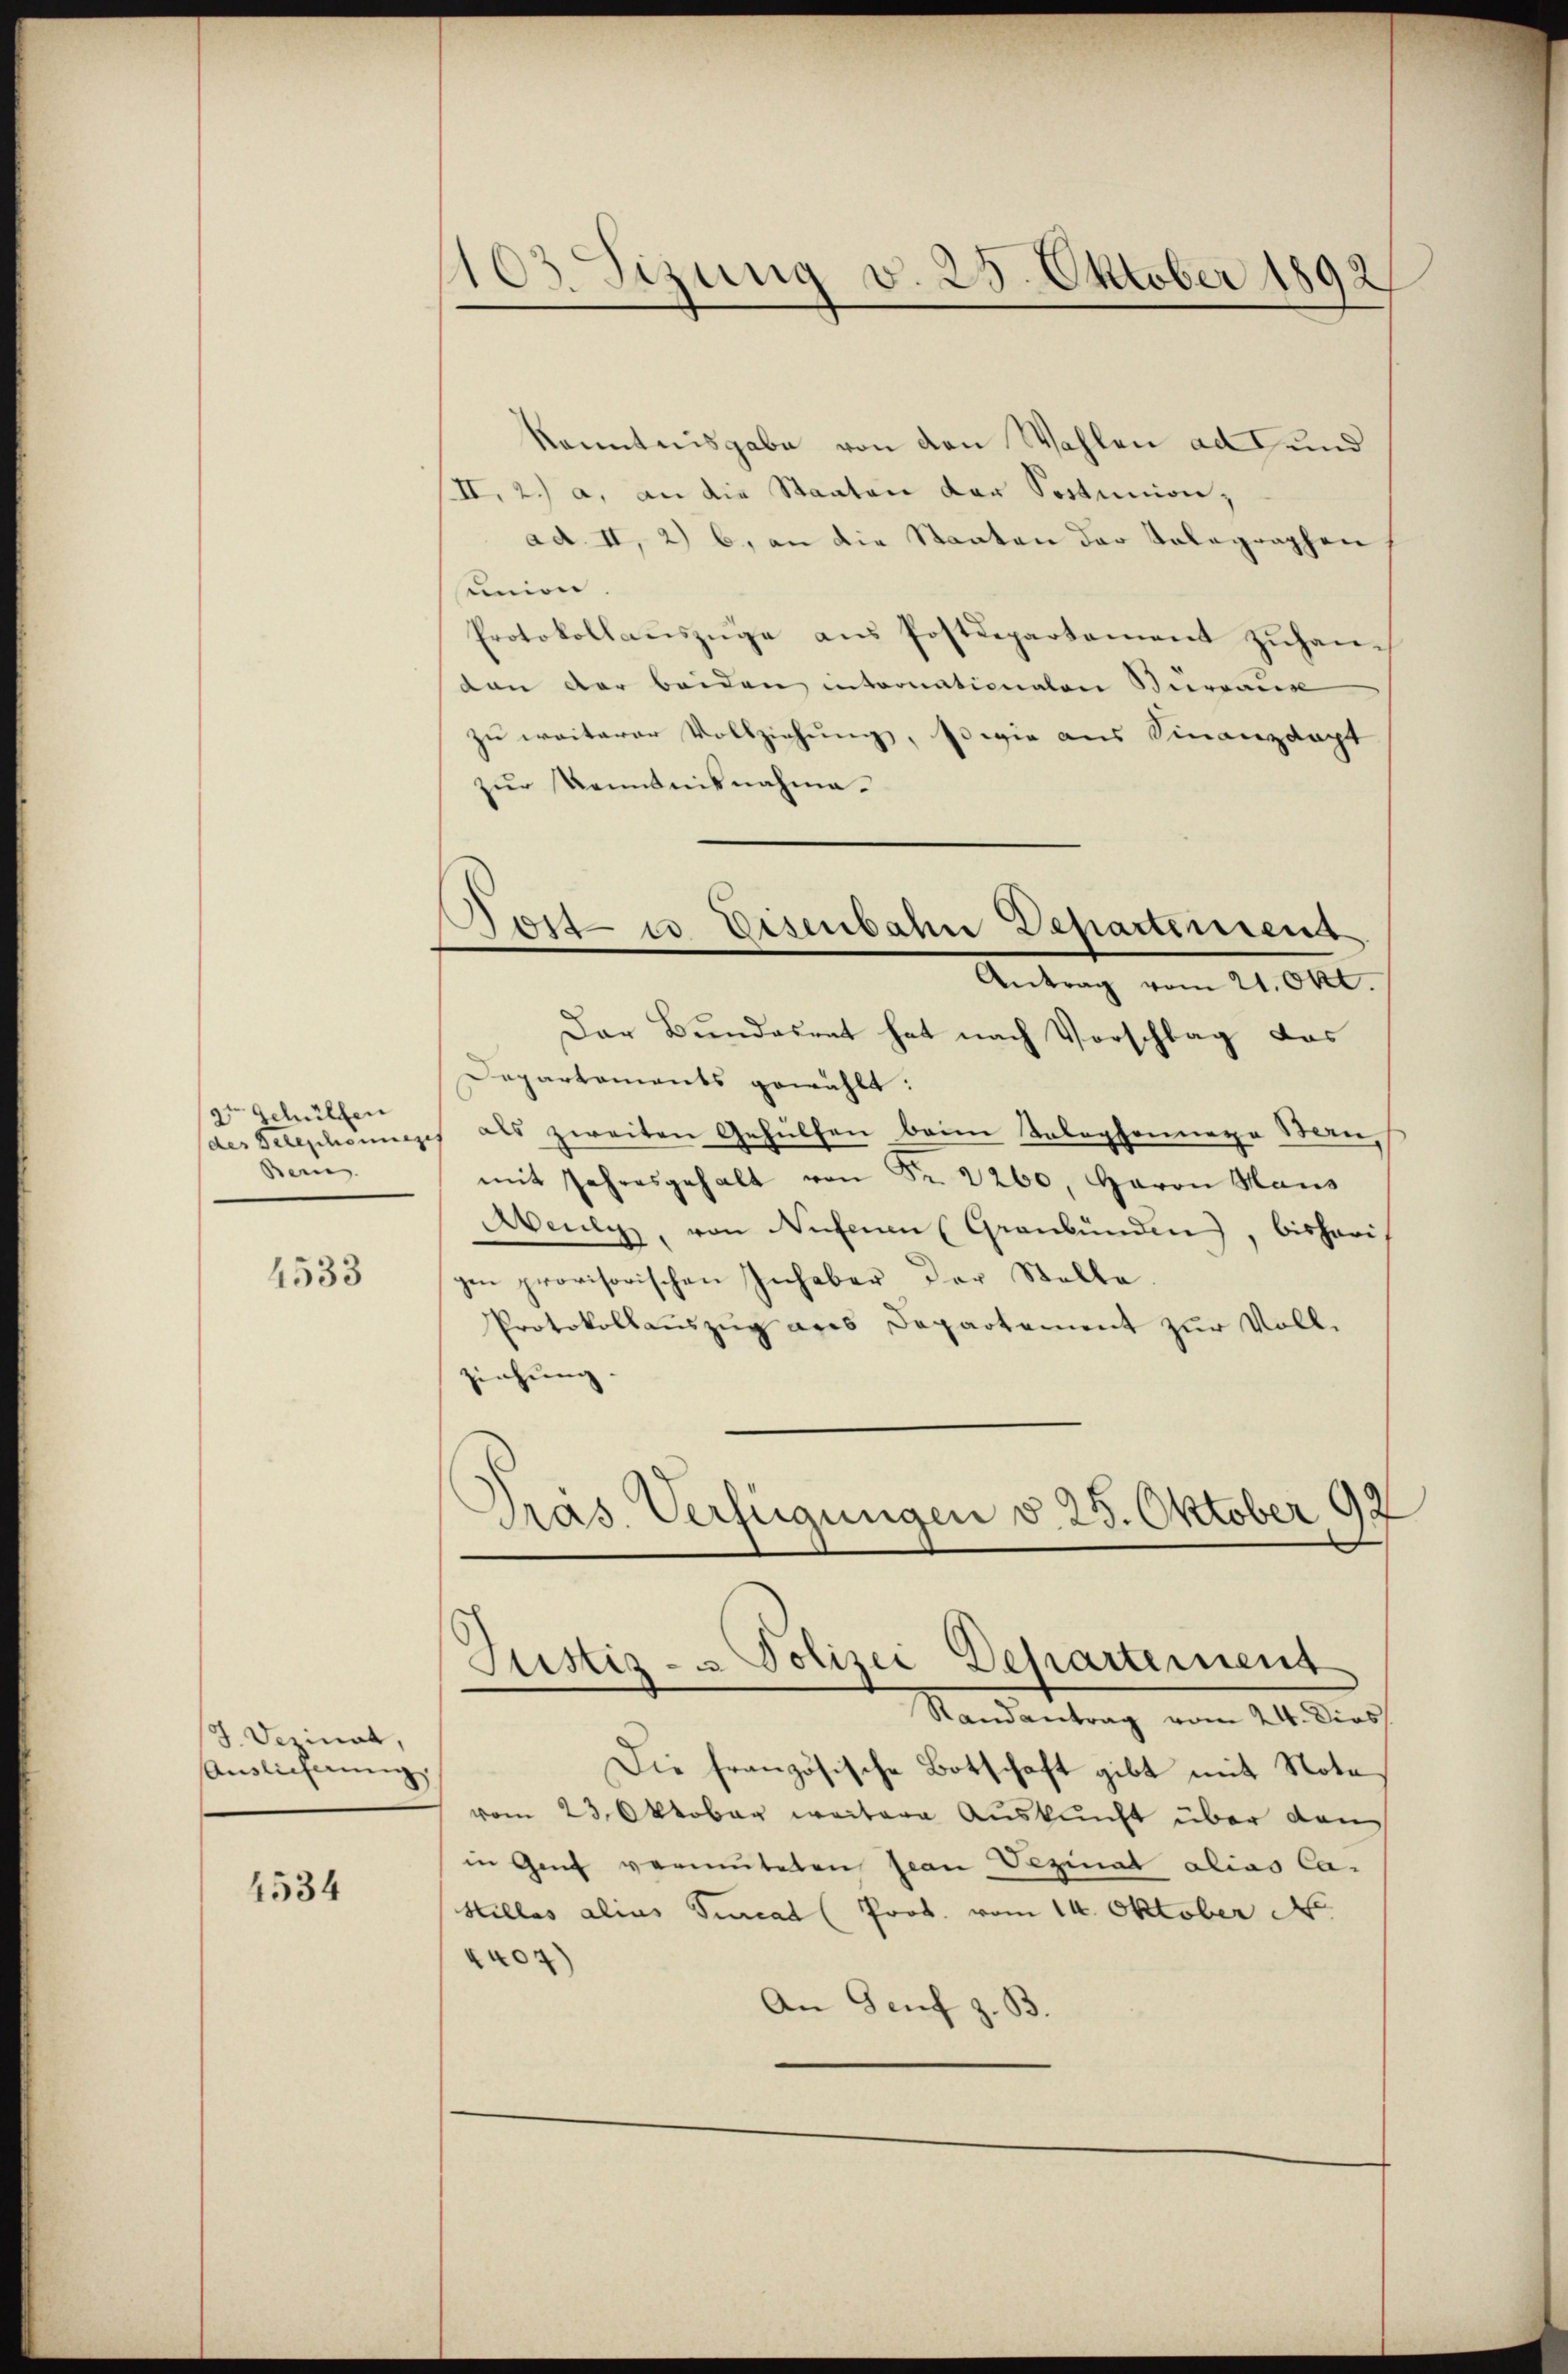
2te Schülfen
des Teleschonung
Bein |

4533

/3. Dezinal,
Auslieferung

4534

103 Sizung v. 25. Oktober 1892

Post- u. Eisenbahn Departement

Kenntnisgabe von den Wahlen ad und
II. 2.) a. an die Staaten der Sortunion,
ad II, 2) b. an die Staaten der Talagraphen
sunion.
Protokollauszüge ans Postdepartement zŭhan-
ton der beiden intornationaten Bureaux
zu weiterer Vollziehung, sowie aus Finanzdapt
zŭr Kenntnisnahme.
Antrag vom 21. Okt.
Der Bundesrat hat nach Vorschlag das
Dapartaments gewählt:
s als zweiten Gehülfen beim Telephonnere Maumit Jahresgehalt von Fr. 2260, Herrn Maus
Abely, von Nufenen Graubünden, bisheri
gen provisorischen Inhaber der Stelle
Protokollauszug aus Departement zur Vollziehung.
Pras Verfügungen v. 25. Oktober 92
Justiz- & Polizei Departement
Randantrag vom 24. Dies
Die französische Botschaft gibt mit Note,
vom 23. Oktober weitere Auskunft über von
in Genf vermuteten Jean Veginat alias Ca-
Hilles alias Turcat (Prob. vom 14. Oktober N
4404)
An Genf z. B